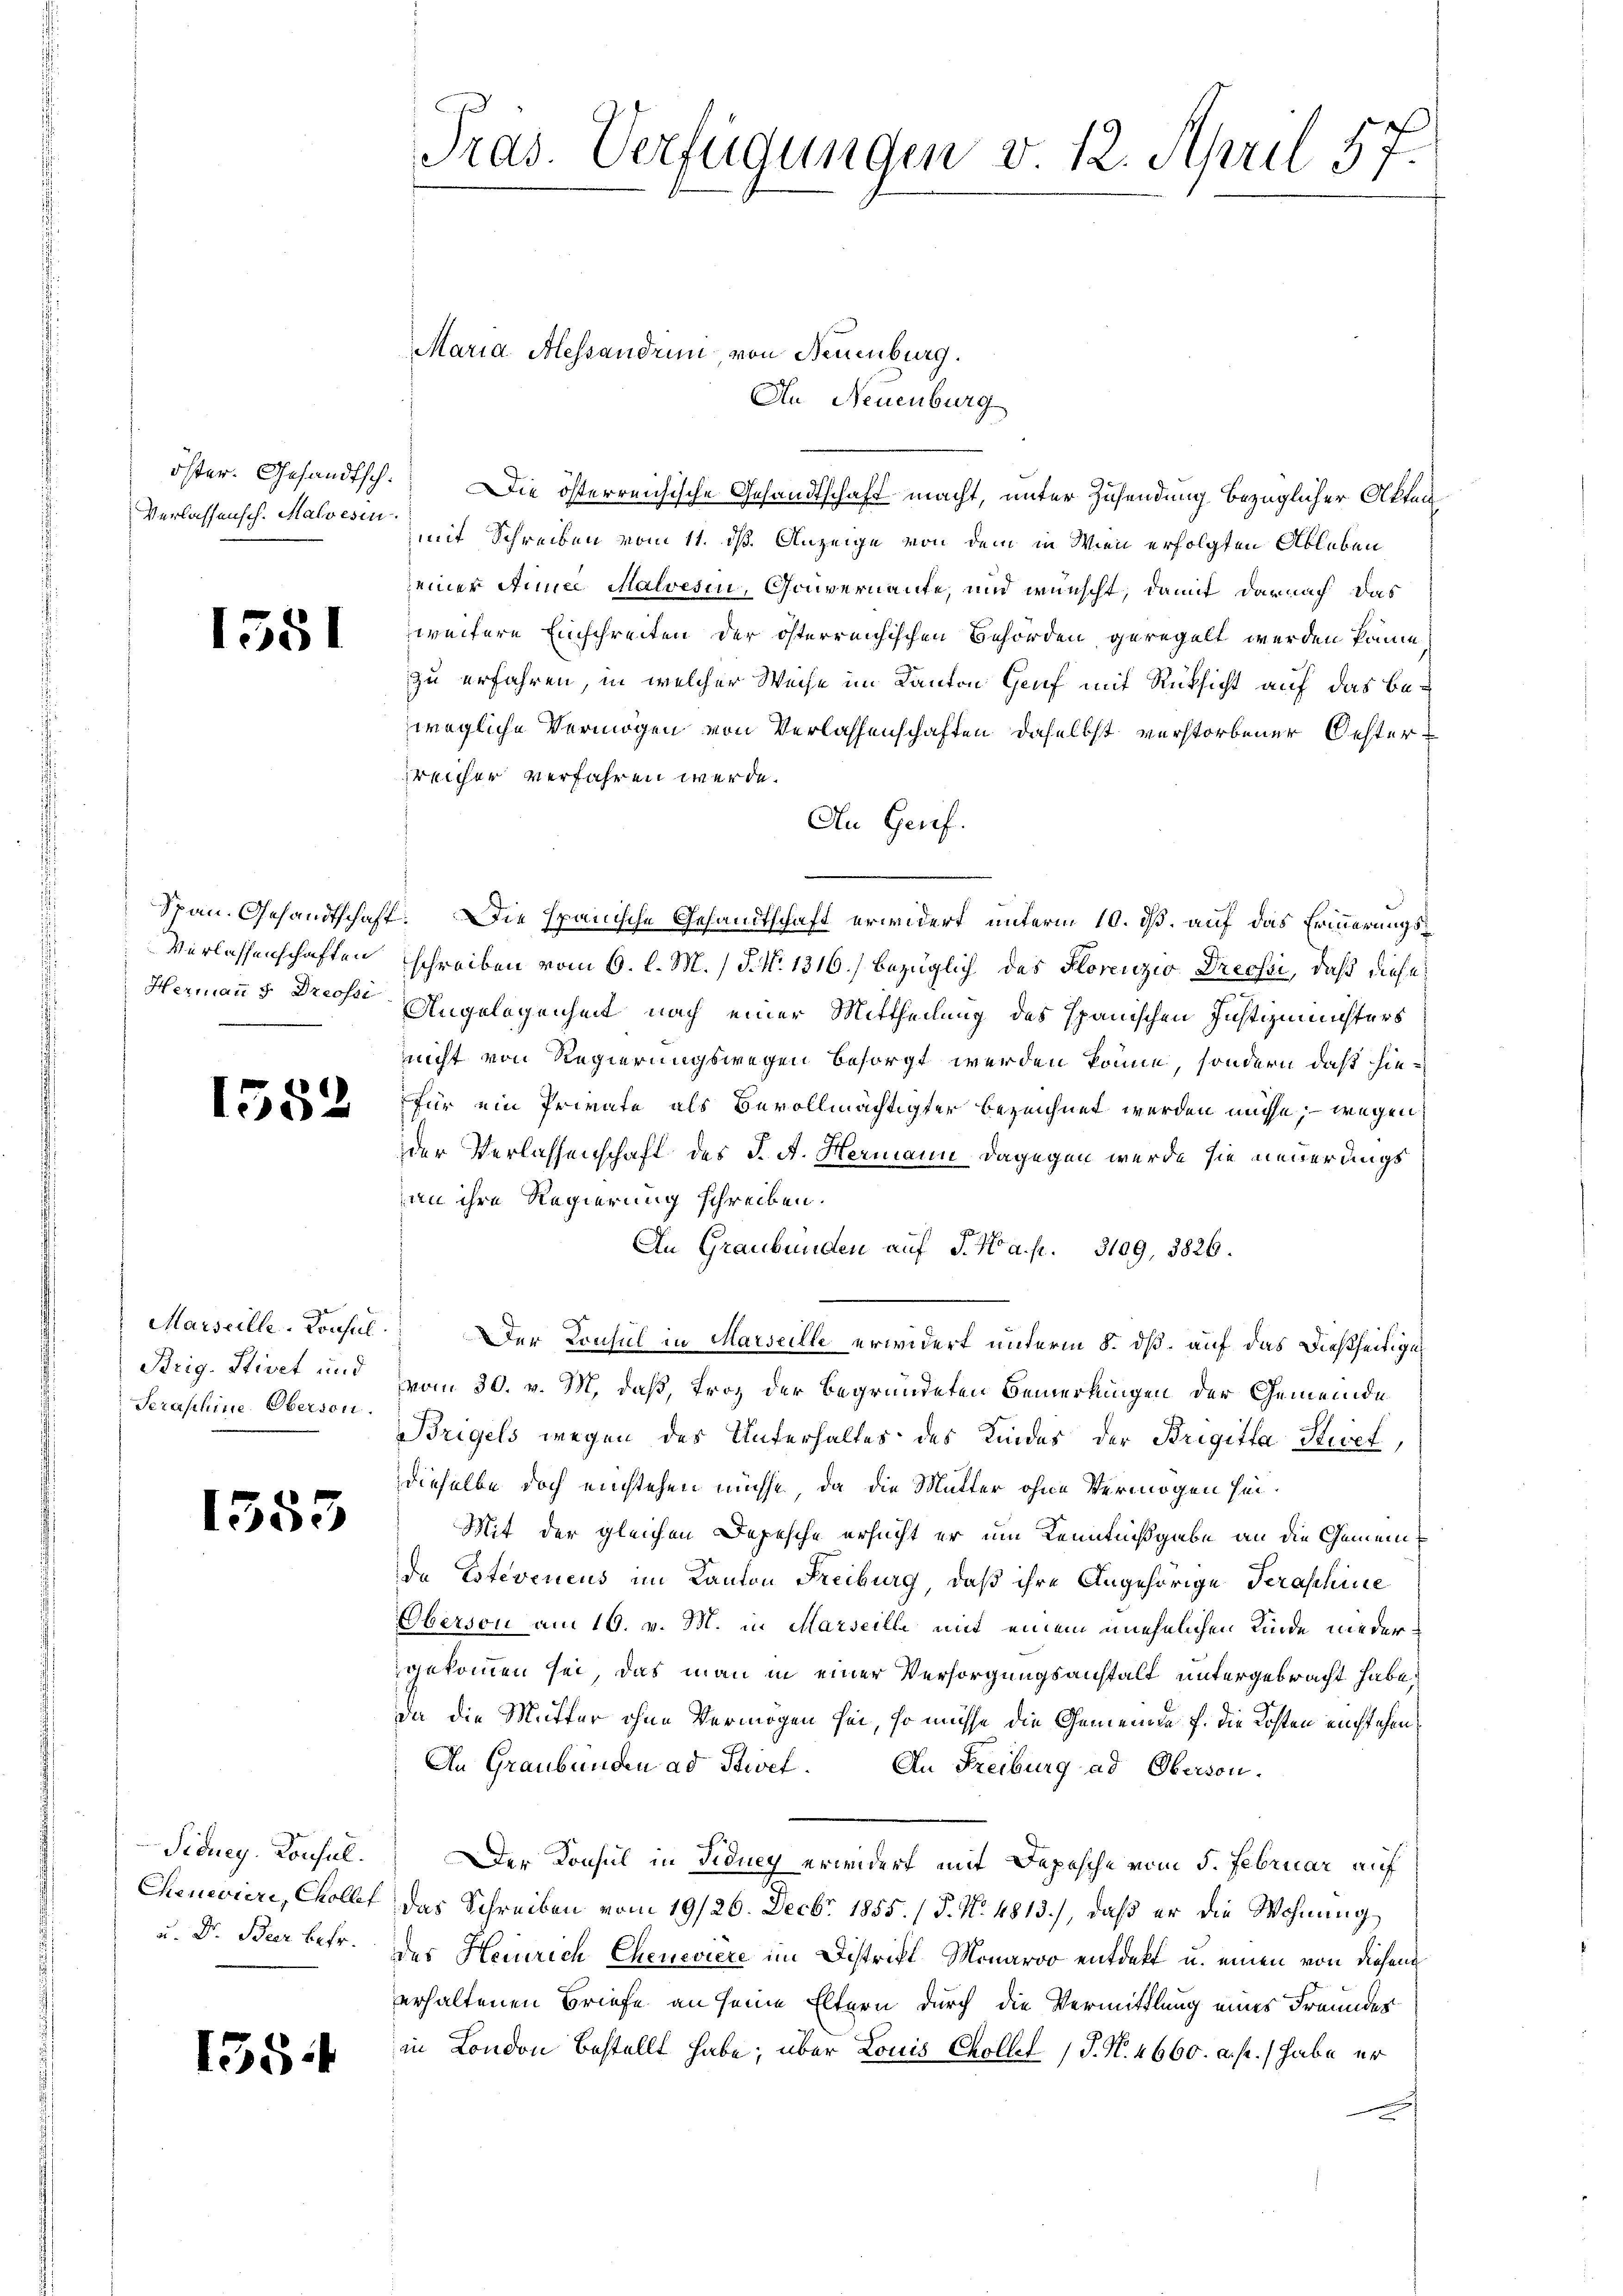
Verlassensch. Malvesin

1551

Frau. Gesandtschaft
Verlassenschaften
Hermann & Dreossi

1582

Marseille-Konsul
Brig. Stiret und
Seraphine Oberson.

1553

Sidney. Konsul.
Cheneviere, Chollet
u. Dr. Beer betr.

135.

Pras. Verfügungen v. 12. April 57.
1

Maria Alessandrini, von Neuenburg.
An Neuenburg
öster. Gesandtsch. Die österreichische Gesandtschaft macht, unter Zusendung bezüglicher Akten
mit Schreiben vom 11. ds. Anzeige von dem in Wien erfolgten Ableben
seiner Armee Malvesin, Gouvernannte, und wünscht, damit darnach das
weitere Einschreiten der österreichischen Behörden geregelt werden könne,
zu erfahren, in welcher Weise im Kanton Genf mit Rüksicht auf das bewegliche Vermögen von Verlassenschaften daselbst verstorbener Oesterreicher verfahren werde.
An Genf.
.Die spanische Gesandtschaft erwidert unterm 10. ds. auf das Erinnerungsschreiben vom 6. l. M. (S. Nr. 1316) bezüglich des Florenzio Dreossi, daß diese
Angelegenheit nach einer Mittheilung des Spanischen Justizministers
nicht von Regierungswegen besorgt werden könne, sondern daß hiefür ein Private als Bevollmächtigter bezeichnet werden müsse, wegen
der Verlassenschaft des J. A. Hermann dagegen werde sie neuerungs
an ihre Regierung schreiben.
An Graubünden auf S. N. a. p. 3109. 3826.
Der Konsul in Marseille erwidert unterm 5. dß auf das Dießheitiguvom 30. v. M., daß, Trog der begründeten Bemerkungen der Gemeinde
Bregels wegen des Unterhaltes des Kindes der Brigitta Stief,
dieselbe doch einstehen müsse, da die Mutter ohne Vermögen sei.
Mit der gleichen Depesche ersucht er um Kenntnißgabe an die Gemeinde Estevenieus im Kanton Freiburg, daß ihre Angehörige Seraschine
Oberson am 16. v. M. in Marseille mit einem unehelichen Kinde niedergekommen sei, das man in einer Versorgungsanstalt untergebracht habe,
da die Mutter ohne Vermögen sei, so müsse die Gemeinde f. die Kosten einstehen,
An Graubünden ad Stief. An Freiburg ad Oberson¬
Der Konsul in Fiducy erwidert mit Depesche vom 5. Februar auf
Das Schreiben vom 19/26. Decbr 1855. / P. No. 4813), daß er die Wohnung
des Heinrich Chenevière im Distrikt Monardo entdekt u. einen von diesem
erhaltenen Briefe an seine Eltern durch die Vermittlung eines Freundes
in London bestellt habe; über Louis Collel (T. N. 4660. a. p.) habe er
.